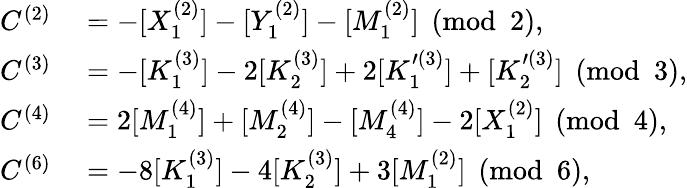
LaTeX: \begin{array}{rl}{C^{(2)}}&{{}=-[X_{1}^{(2)}]-[Y_{1}^{(2)}]-[M_{1}^{(2)}]\pmod 2,}\\ {C^{(3)}}&{{}=-[K_{1}^{(3)}]-2[K_{2}^{(3)}]+2[K_{1}^{\prime(3)}]+[K_{2}^{\prime(3)}]\pmod 3,}\\ {C^{(4)}}&{{}=2[M_{1}^{(4)}]+[M_{2}^{(4)}]-[M_{4}^{(4)}]-2[X_{1}^{(2)}]\pmod 4,}\\ {C^{(6)}}&{{}=-8[K_{1}^{(3)}]-4[K_{2}^{(3)}]+3[M_{1}^{(2)}]\pmod 6,}\end{array}